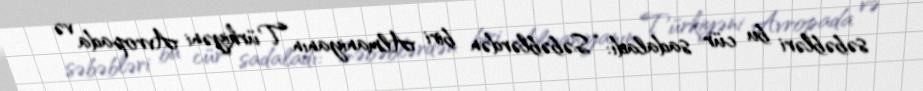
səbəbləri bu cür sadaladı: “Səbəblərdən biri Almaniyanın Türkiyəni Avropada və